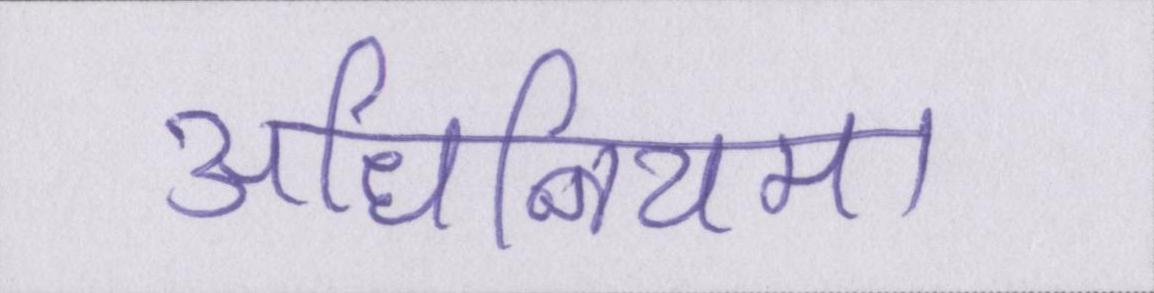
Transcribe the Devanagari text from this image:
अधिनियम।